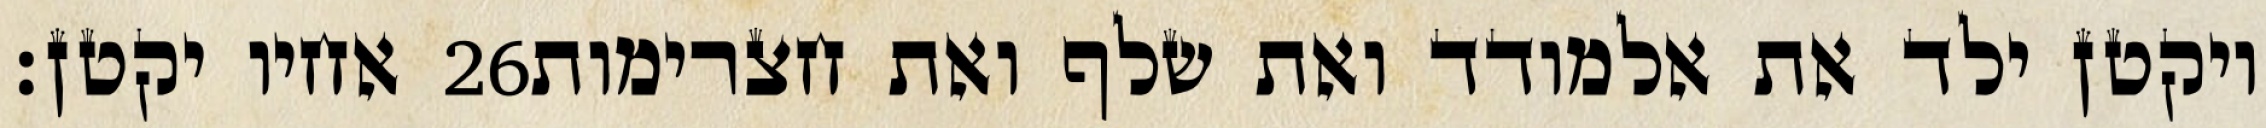
אחיו יקטן׃ ‎26‏ ויקטן ילד את אלמודד ואת שלף ואת חצרימות